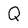
Character: Q